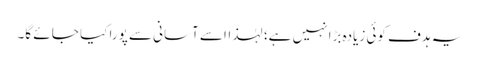
یہ ہدف کوئی زیادہ بڑا نہیں ہے؛ لہٰذااسے آسانی سے پورا کیا جا ئے گا۔